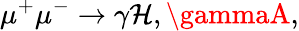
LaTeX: \mu^{+}\mu^{-}\rightarrow\gamma\mathcal{H},\gammaA,